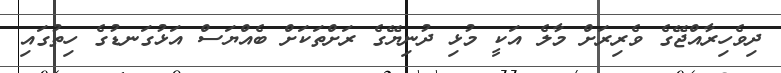
ދިވެހިރާއްޖޭގެ ވެރިރަށް މާލެ އަކީ މުޅި ދުނިޔޭގެ ރަށްތަކަށް ބެއްޔަސް އަޅުގަނޑުގެ ހިތުގައި